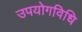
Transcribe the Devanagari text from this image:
उपयोगविधि